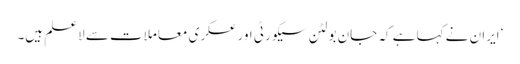
‘ ایران نے کہا ہے کہ جان بولٹن سیکورٹی اور عسکری معاملات سے لاعلم ہیں۔